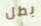
بطل